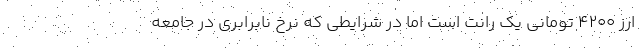
ارز ۴۲۰۰ تومانی یک رانت است اما در شرایطی که نرخ نابرابری در جامعه